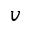
v